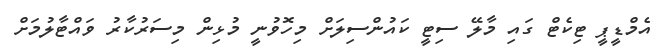
އެމްޑީޕީ ޓިކެޓް ގައި މާލޭ ސިޓީ ކައުންސިލަށް މިހޮވުނީ މުޅިން މިސަރުކާރު ވައްޓާލުމަށް